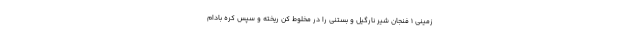
زمینی 1 فنجان شیر نارگیل و بستنی را در مخلوط کن ریخته و سپس کره بادام